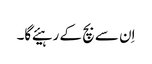
اِن سے بچ کے رہیئے گا۔